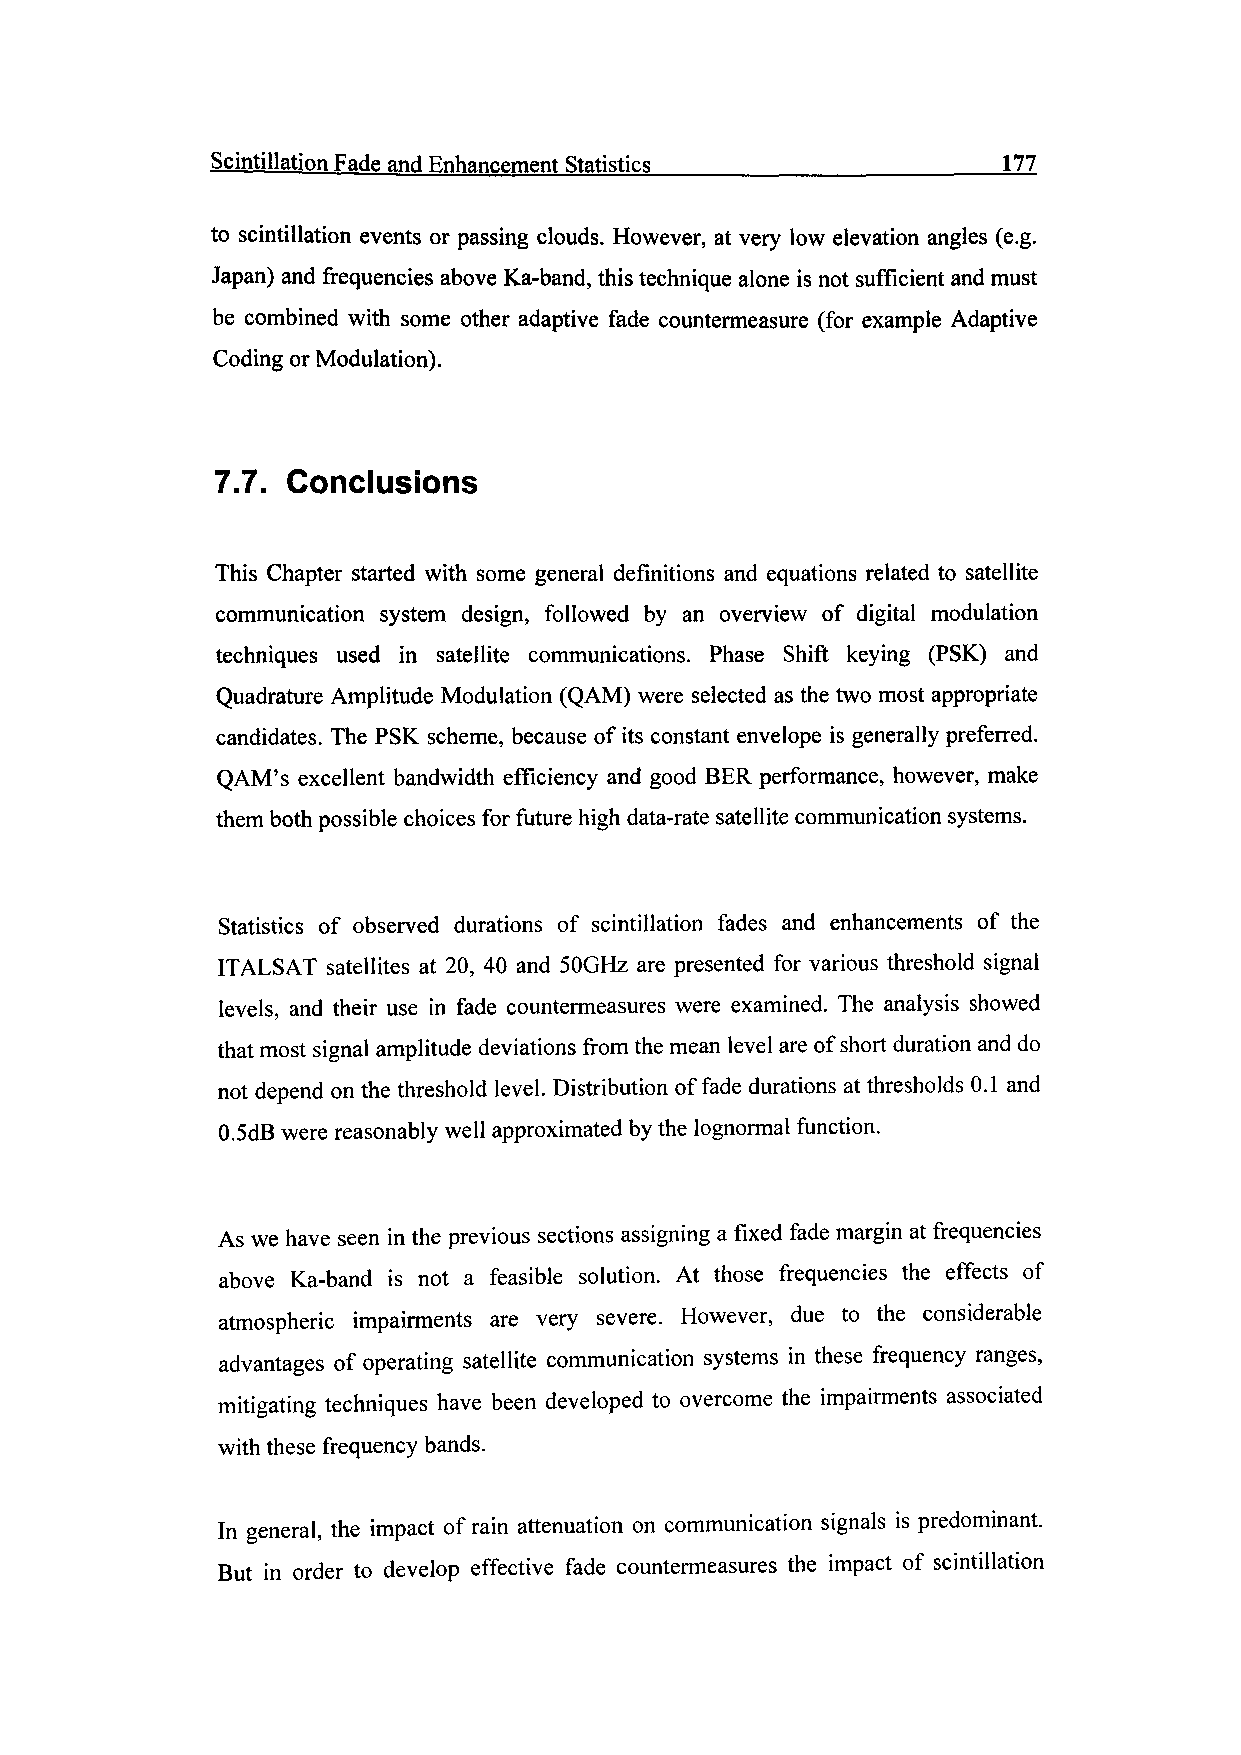
Scintillation Fade and Enhancement Statistics ___________________177
 to scintillation events or passing clouds. However, at very low elevation angles (e.g.
 Japan) and frequencies above Ka-band, this technique alone is not sufficient and must
 be combined with some other adaptive fade countermeasure (for example Adaptive
 Coding or Modulation).
 7.7. Conclusions
 This Chapter started with some general definitions and equations related to satellite
 communication system design, followed by an overview of digital modulation
 techniques used in satellite communications. Phase Shift keying (PSK) and
 Quadrature Amplitude Modulation (QAM) were selected as the two most appropriate
 candidates. The PSK scheme, because of its constant envelope is generally preferred.
 QAM's excellent bandwidth efficiency and good BER performance, however, make
 them both possible choices for future high data-rate satellite communication systems.
 Statistics of observed durations of scintillation fades and enhancements of the
 ITALSAT satellites at 20, 40 and SOGHz are presented for various threshold signal
 levels, and their use in fade countermeasures were examined. The analysis showed
 that most signal amplitude deviations from the mean level are of short duration and do
 not depend on the threshold level. Distribution of fade durations at thresholds 0.1 and
 0.5dB were reasonably well approximated by the lognormal function.
 As we have seen in the previous sections assigning a fixed fade margin at frequencies
 above Ka-band is not a feasible solution. At those frequencies the effects of
 atmospheric impairments are very severe. However, due to the considerable
 advantages of operating satellite communication systems in these frequency ranges,
 mitigating techniques have been developed to overcome the impairments associated
 with these frequency bands.
 In general, the impact of rain attenuation on communication signals is predominant.
 But in order to develop effective fade countermeasures the impact of scintillation